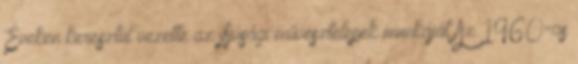
Éveken keresztül vezette az ifjúsági művésztelepek munkáját Az 1960-as